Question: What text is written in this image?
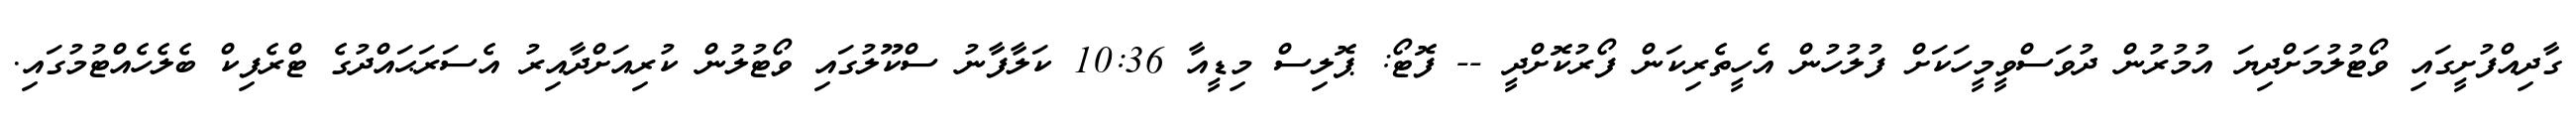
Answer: ގާދިއްފުށީގައި ވޯޓުލުމަށްދިޔަ އުމުރުން ދުވަސްވީމީހަކަށް ފުލުހުން އެހީތެރިކަން ފޯރުކޮށްދީ -- ފޮޓޯ: ޕޮލިސް މިޑީއާ 10:36 ކަލާފާނު ސްކޫލުގައި ވޯޓުލުން ކުރިއަށްދާއިރު އެސަރަޙައްދުގެ ޓްރެފިކް ބެލެހެއްޓުމުގައި.